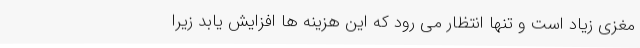
مغزی زیاد است و تنها انتظار می رود که این هزینه ها افزایش یابد زیرا